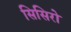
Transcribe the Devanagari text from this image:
सिसिरो